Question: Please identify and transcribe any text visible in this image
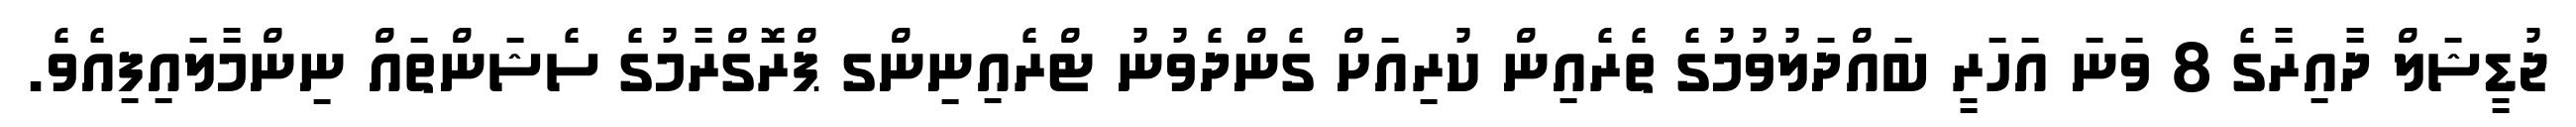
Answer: ޖުޑީޝަލް ދާއިރާގެ 8 ވަނަ އަހަރީ ބައްދަލުވުމުގެ ތެރެއިން ކުރިއަށް ގެންދެވުނު ޓްރެއިނިންގ ޕްރޮގްރާމުގެ ސެޝަންތައް ނިންމާލައިފިއެވެ.